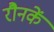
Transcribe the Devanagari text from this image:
रौनकें